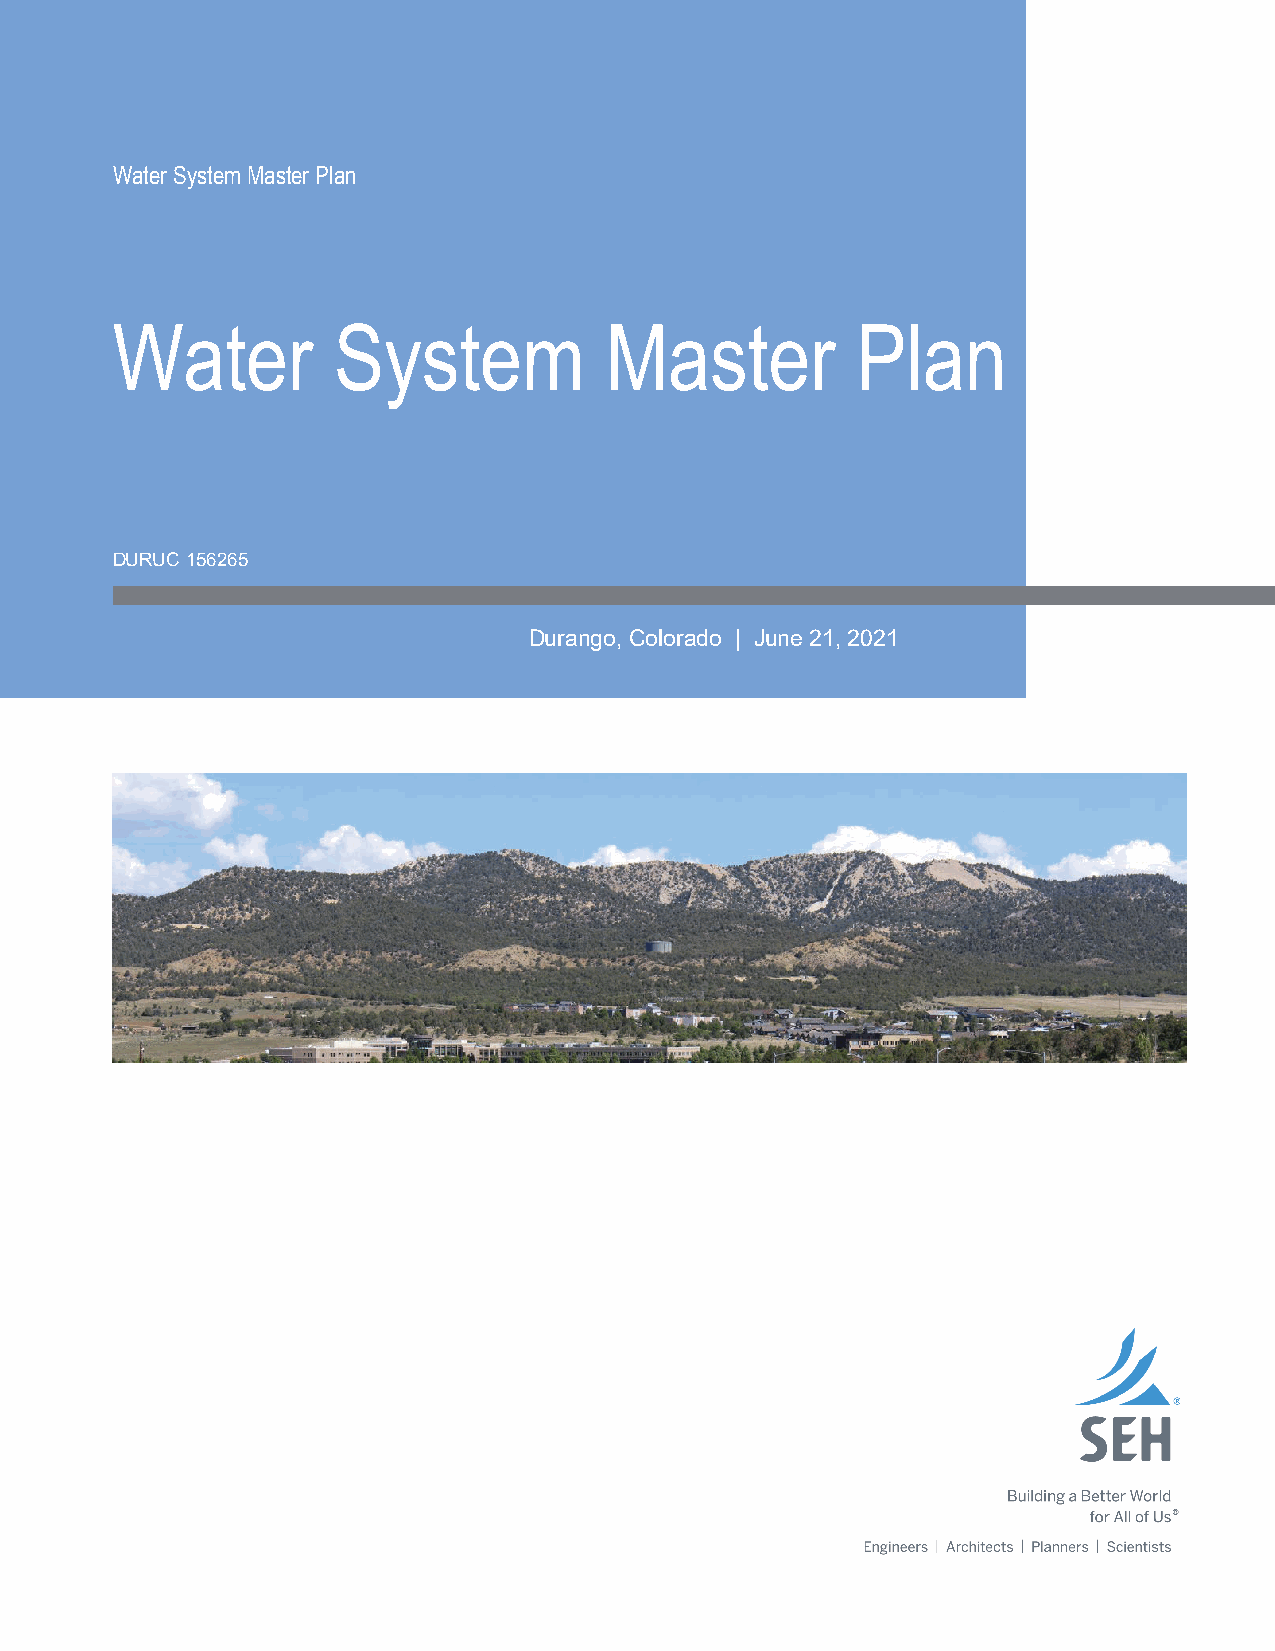
Water System Master Plan
 Water          System            Master           Plan
 DURUC 156265
 Durango, Colorado | June 21, 2021